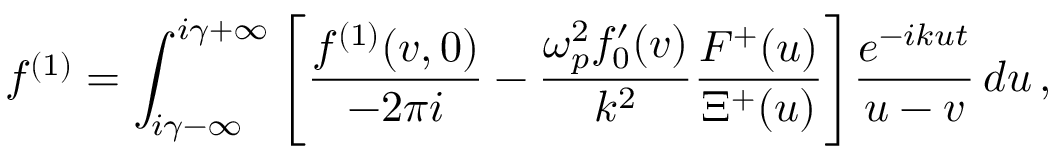
f ^ { ( 1 ) } = \int _ { i \gamma - \infty } ^ { i \gamma + \infty } \left[ \frac { f ^ { ( 1 ) } ( v , 0 ) } { - 2 \pi i } - \frac { \omega _ { p } ^ { 2 } f _ { 0 } ^ { \prime } ( v ) } { k ^ { 2 } } \frac { F ^ { + } ( u ) } { \Xi ^ { + } ( u ) } \right] \! \frac { e ^ { - i k u t } } { u - v } \, d u \, ,